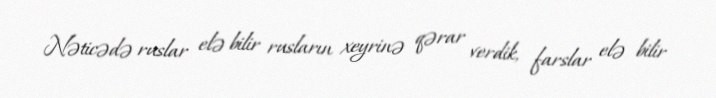
Nəticədə ruslar elə bilir rusların xeyrinə qərar verdik, farslar elə bilir